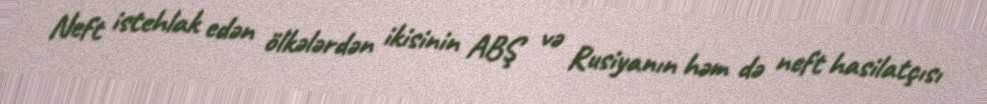
Neft istehlak edən ölkələrdən ikisinin ABŞ və Rusiyanın həm də neft hasilatçısı